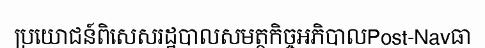
ប្រយោជន៍ពិសេសរដ្ឋបាលសមត្ថកិច្ចអភិបាលPost-Navធា